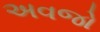
અવજો